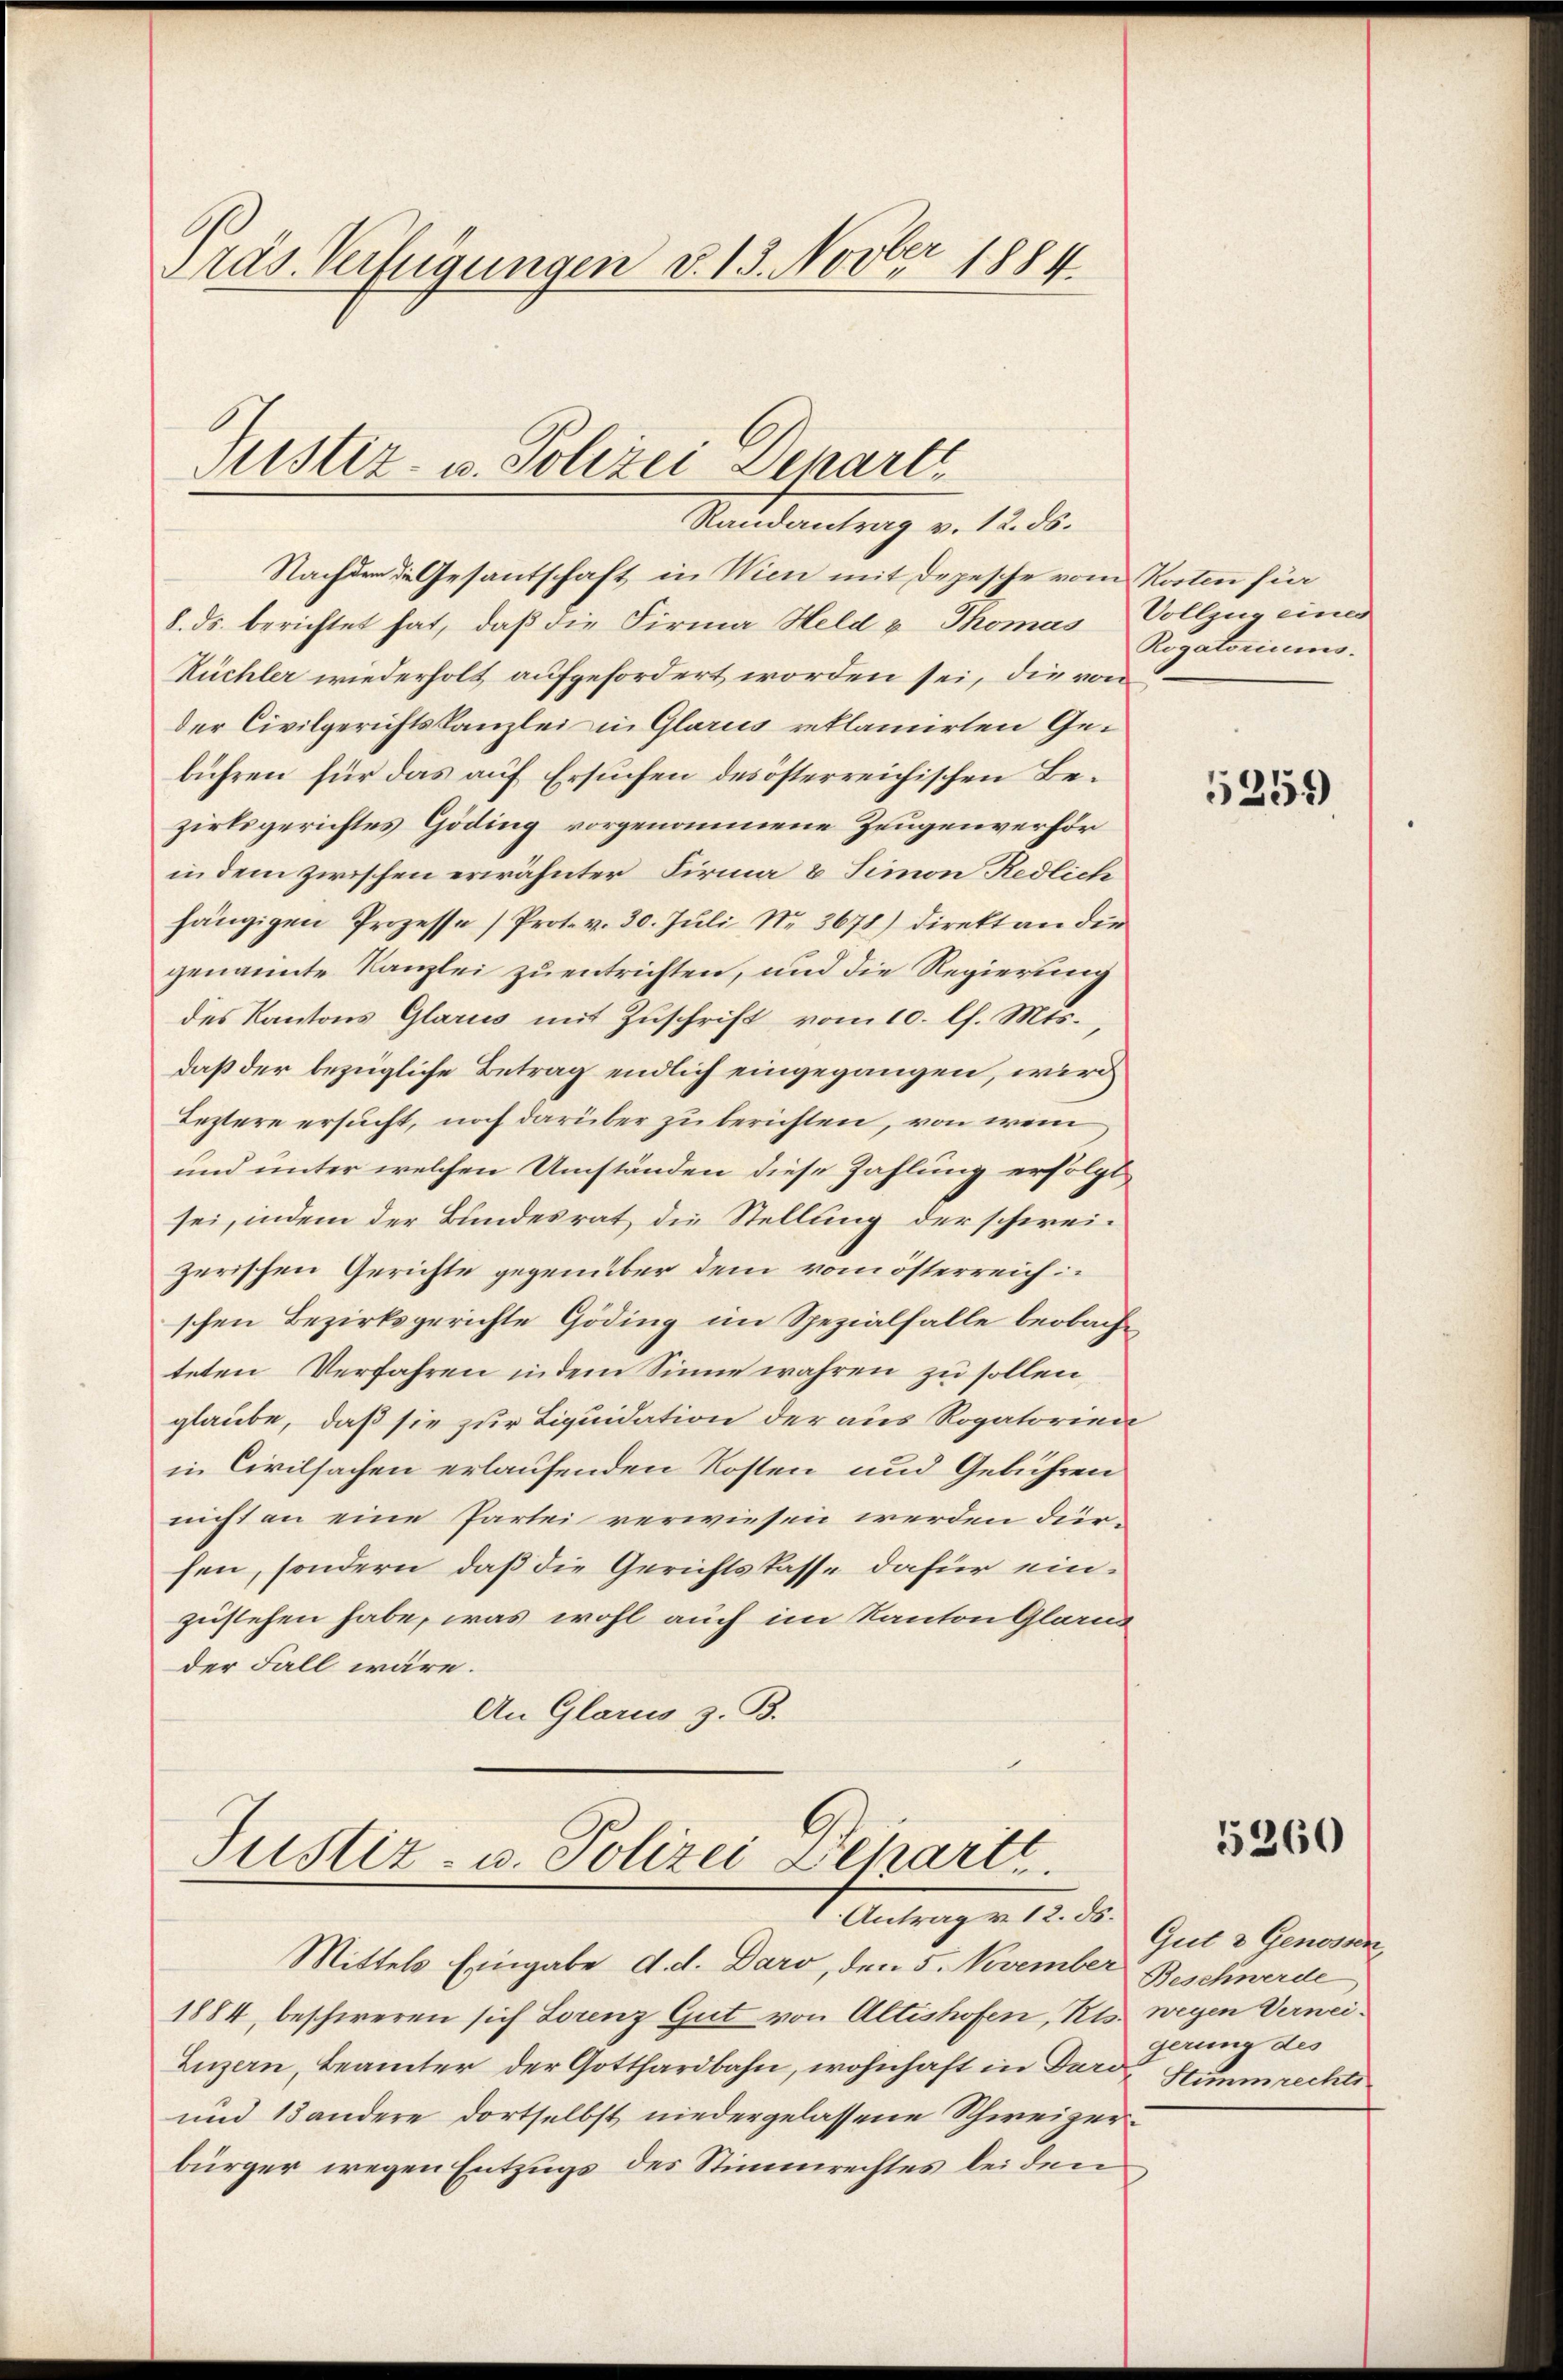
Präs. Verfügungen d. 13. Novber 1884

Justiz- u. Polizei Departe
Randantrag v. 12. ds.

Nachdem die Gesantschaft in Wien mit Depesche vom Kosten für
8. ds. berichtet hat, daß die Firma Held u. Thomas Vollzug einer
Küchler wiederholt aufgefordert worden sei, die von
der Civilgerichtskanzlei in Glarus reklamirten Gebühren für das auf Ersuchen des österreichischen Bezirksgerichtes Göding vorgenommene Zeugenverhör
in dem zwischen erwähnter Firma & Simon Redlich
hängigen Prozesse (Prot. v. 30. Juli Nr. 3678) Direkt an die
genannte Kanzlei zu entrichten, und die Regierung
des Kantons Glarus mit Zuschrift vom 10. l. Mts.,
daß der bezügliche Betrag endlich eingegangen, wird
Leztere ersucht, noch darüber zu berichten, von wem
und unter welchen Umständen diese Zahlung erfolgt
sei, indem der Bundesrat die Stellung der schweizerischen Gerichte gegenüber dem vom österreichischen Bezirksgerichte Göding im Spezialfalle beobachteten Verfahren indem Sinne wahren zu sollen,
glaube, daß sie zur Liquidation der aus Rogatorien
in Civilsachen erlaufenden Kosten und Gebühren
nicht an eine Partei verwiesen werden dürhen, sondern, daß die Gerichtskasse dafür einzustehen habe, was wohl auch im Kanton Glarus
der Fall wäre.
An Glarus, z. B.

Justiz- u. Polizei Departe
Antrag v. 12. ds.

Mittels Eingabe d. d. Daro, den 5. November Beschwerde
1884, beschweren sich Lorenz Gut von Altishofen, Kts. wegen Verwei¬
Luzern, Beamter der Gotthardbahn, wohnhaft in Dard Stimmrechti
und 13 andere dortselbst niedergelassene Schweizer
bürger wegen Entzugs des Stimmrechtes leiden

Rogatoriums.

5259

5260

Gut & Genossen,
gerung des